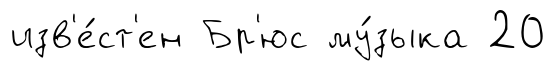
изв'е́ст'ен Бр'юс му́зыка 20